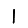
Digit: 1